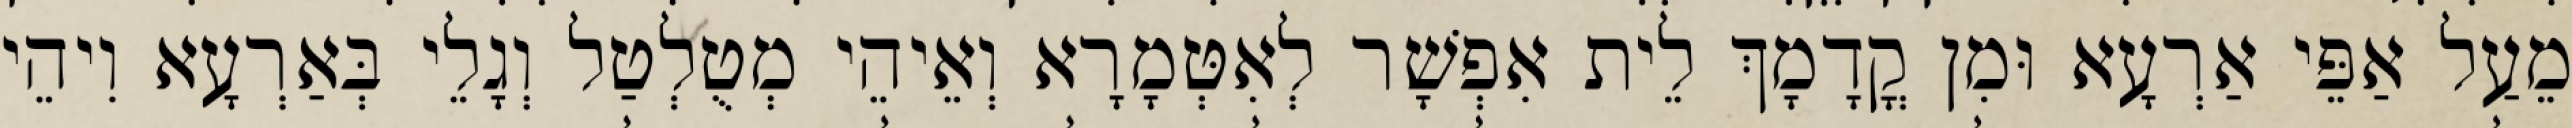
מֵעַל אַפֵּי אַרְעָא וּמִן קֳדָמָךְ לֵית אִפְשָׁר לְאִטְּמָרָא וְאֵיהֵי מְטֻלְטַל וְגָלֵי בְּאַרְעָא וִיהֵי